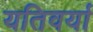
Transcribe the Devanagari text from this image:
यतिवर्या